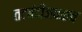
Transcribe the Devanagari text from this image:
तटबंदीजवळच